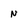
Character: N